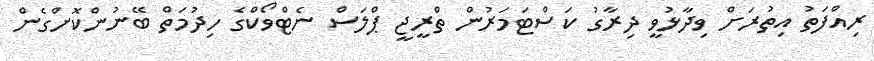
ރިއްފަތު އިތުރަށް ވިދާޅުވީ ދިރާގު ކަސްޓަމަރުން ތްރީޖީ ޕްލަސް ނެޓްވޯކްގެ ހިދުމަތް ބޭނުންކޮށްގެން